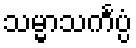
သမ္မာသင်္ကပ္ပံ